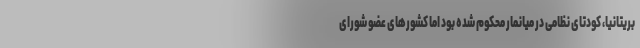
بریتانیا، کودتای نظامی در میانمار محکوم شده بود اما کشورهای عضو شورای